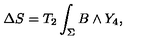
\Delta S = T _ { 2 } \int _ { \Sigma } B \wedge Y _ { 4 } ,